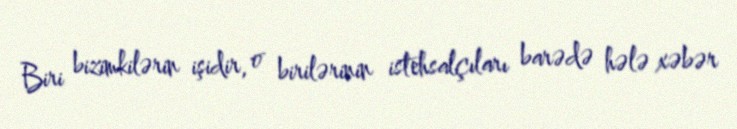
Biri bizimkilərin işidir, o birilərinin istehsalçıları barədə hələ xəbər